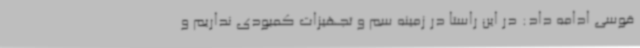
قوسی ادامه داد: در این راستا در زمینه سم و تجهیزات کمبودی نداریم و